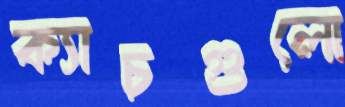
ক্যাচগুলো